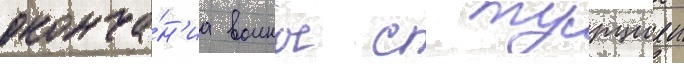
оконча́н'иа воины с турциеи